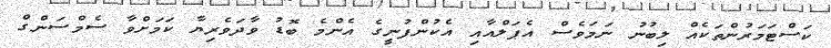
ކަސްޓަމަރުންތަކެއް ލިބުނު ނަމަވެސް އެޕަލްއާއި އެކުންފުނީގެ އެންމެ ބޮޑު ވާދަވެރިޔާ ކަމަށްވާ ސެމްސަންގް